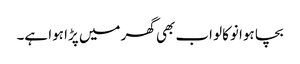
بچا ہوا نوکالو اب بھی گھر میں پڑا ہوا ہے۔